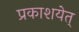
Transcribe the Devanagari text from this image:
प्रकाशयेत्